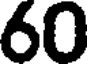
60